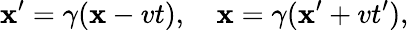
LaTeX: \mathbf{x}^{\prime}=\gamma(\mathbf{x}-vt),\quad\mathbf{x}=\gamma(\mathbf{x}^{\prime}+vt^{\prime}),